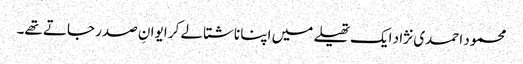
محمود احمدی نژاد ایک تھیلے میں اپنا ناشتا لے کر ایوانِ صدر جاتے تھے۔